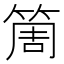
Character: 𥮐